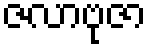
ဇလာဗုဇာ